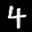
Label: 4